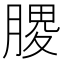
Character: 𫆪